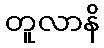
တူလာနိ